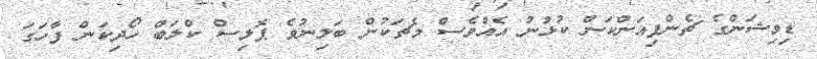
ޑިވިޝަންގެ ޗެންޕިއަންކަން ކުޅުނު އެއްވެސް މެޗަކުން ބަލިނުވެ ޕޮލިސް ކްލަބް ހޯދިކަން ފާހަގަ